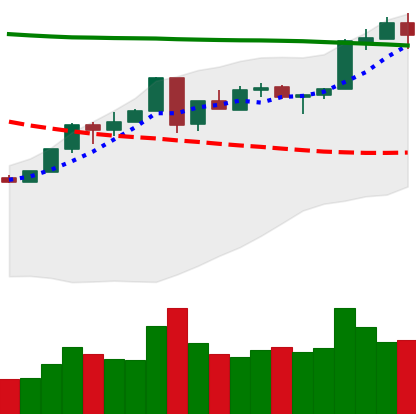
Ticker: ETH-USD
Chart end date: 2018-05-06
Forward return: -14.227%
Label: down_7plus